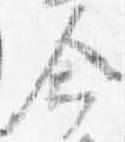
命